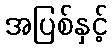
အပြစ်နှင့်